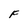
Character: F